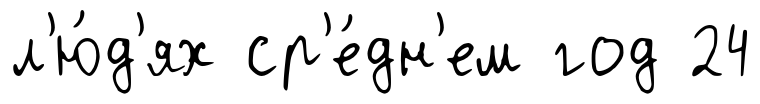
л'ю́д'ях ср'е́дн'ем год 24